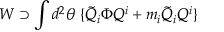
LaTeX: W \supset \int d ^ { 2 } \theta \ \{ { \tilde { Q } } _ { i } \Phi Q ^ { i } + m _ { i } { \tilde { Q } } _ { i } Q ^ { i } \}